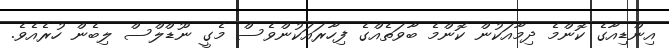
އިންޑިއާގެ ކޮންމެ ދިމާއަކުން ކޮންމެ ބާވަތެއްގެ ފިހާރައަކުންވެސް މެގީ ނޫޑްލްސް ލިބެން ހުރެއެވެ.